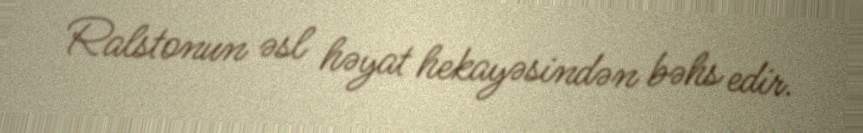
Ralstonun əsl həyat hekayəsindən bəhs edir.